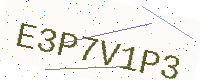
Text: E3P7V1P3